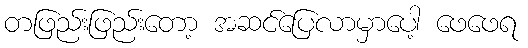
တဖြည်းဖြည်းတော့ အဆင်ပြေလာမှာပေါ့ ဖေဖေရ